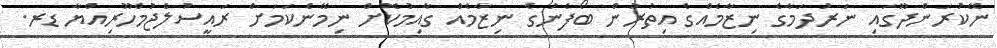
ނޭކުރަންދޫގައި ނަރުދަމާގެ ނިޒާމެއްގެ އިތުރުން ބޯފެނުގެ ނިޒާމެއް ގާއިމުކޮށް ނިމޭނެކަމަށް ރައީސުލްޖުމްހޫރިއްޔާ ޑރ.